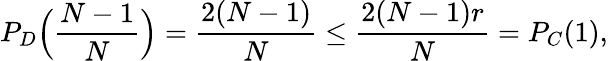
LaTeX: P_{D}\Big(\frac{N-1}{N}\Big)=\frac{2(N-1)}{N}\leq\frac{2(N-1)r}{N}=P_{C}(1),